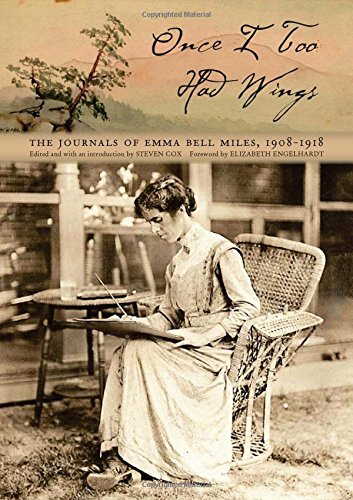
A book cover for Once I Too Had Wings: The Journals of Emma Bell Miles, 1908EE1918 (Race, Ethnicity and Gender in Appalachia); Emma Bell Miles; Literature & Fiction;